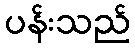
ပန်းသည်